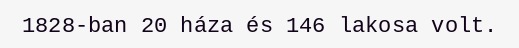
1828-ban 20 háza és 146 lakosa volt.